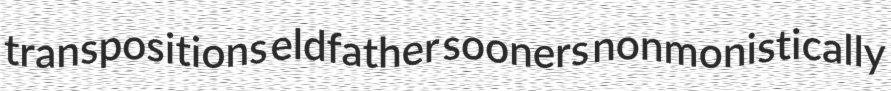
transpositions eldfather sooners nonmonistically